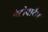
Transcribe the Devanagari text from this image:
एंटीपार्टम